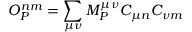
O _ { P } ^ { n m } = \sum _ { \mu \nu } M _ { P } ^ { \mu \nu } C _ { \mu n } C _ { \nu m }